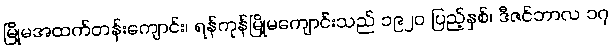
မြို့မအထက်တန်းကျောင်း၊ ရန်ကုန်မြို့မကျောင်းသည် ၁၉၂၀ ပြည့်နှစ်၊ ဒီဇင်ဘာလ ၁၇